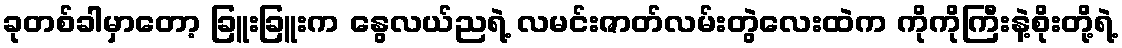
ခုတစ်ခါမှာတော့ ခြူးခြူးက နွေလယ်ညရဲ့ လမင်းဇာတ်လမ်းတွဲလေးထဲက ကိုကိုကြီးနဲ့စိုးတို့ရဲ့